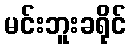
မင်းဘူးခရိုင်